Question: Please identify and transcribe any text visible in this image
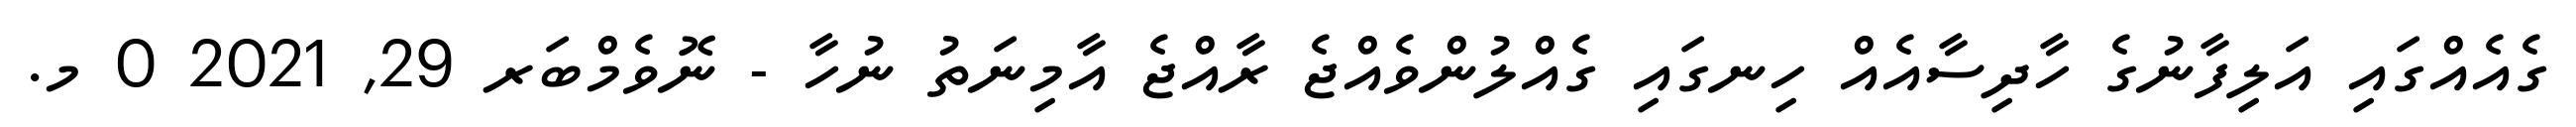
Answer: ގެއެއްގައި އަލިފާނުގެ ހާދިސާއެއް ހިނގައި ގެއްލުންވެއްޖެ ރާއްޖެ އާމިނަތު ނުހާ - ނޮވެމްބަރ 29, 2021 0 މ.